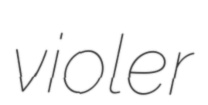
violer